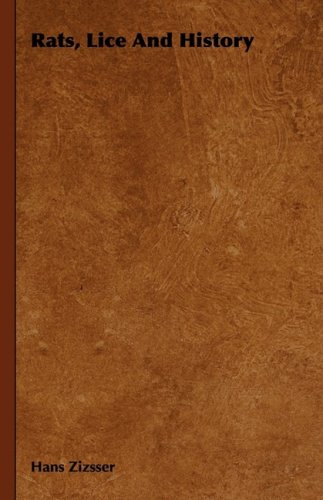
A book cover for Rats, Lice and History; Hans Zinsser; Health, Fitness & Dieting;